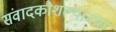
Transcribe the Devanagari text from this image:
संवादकौशल्याच्या